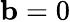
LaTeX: \mathbf{b}=0